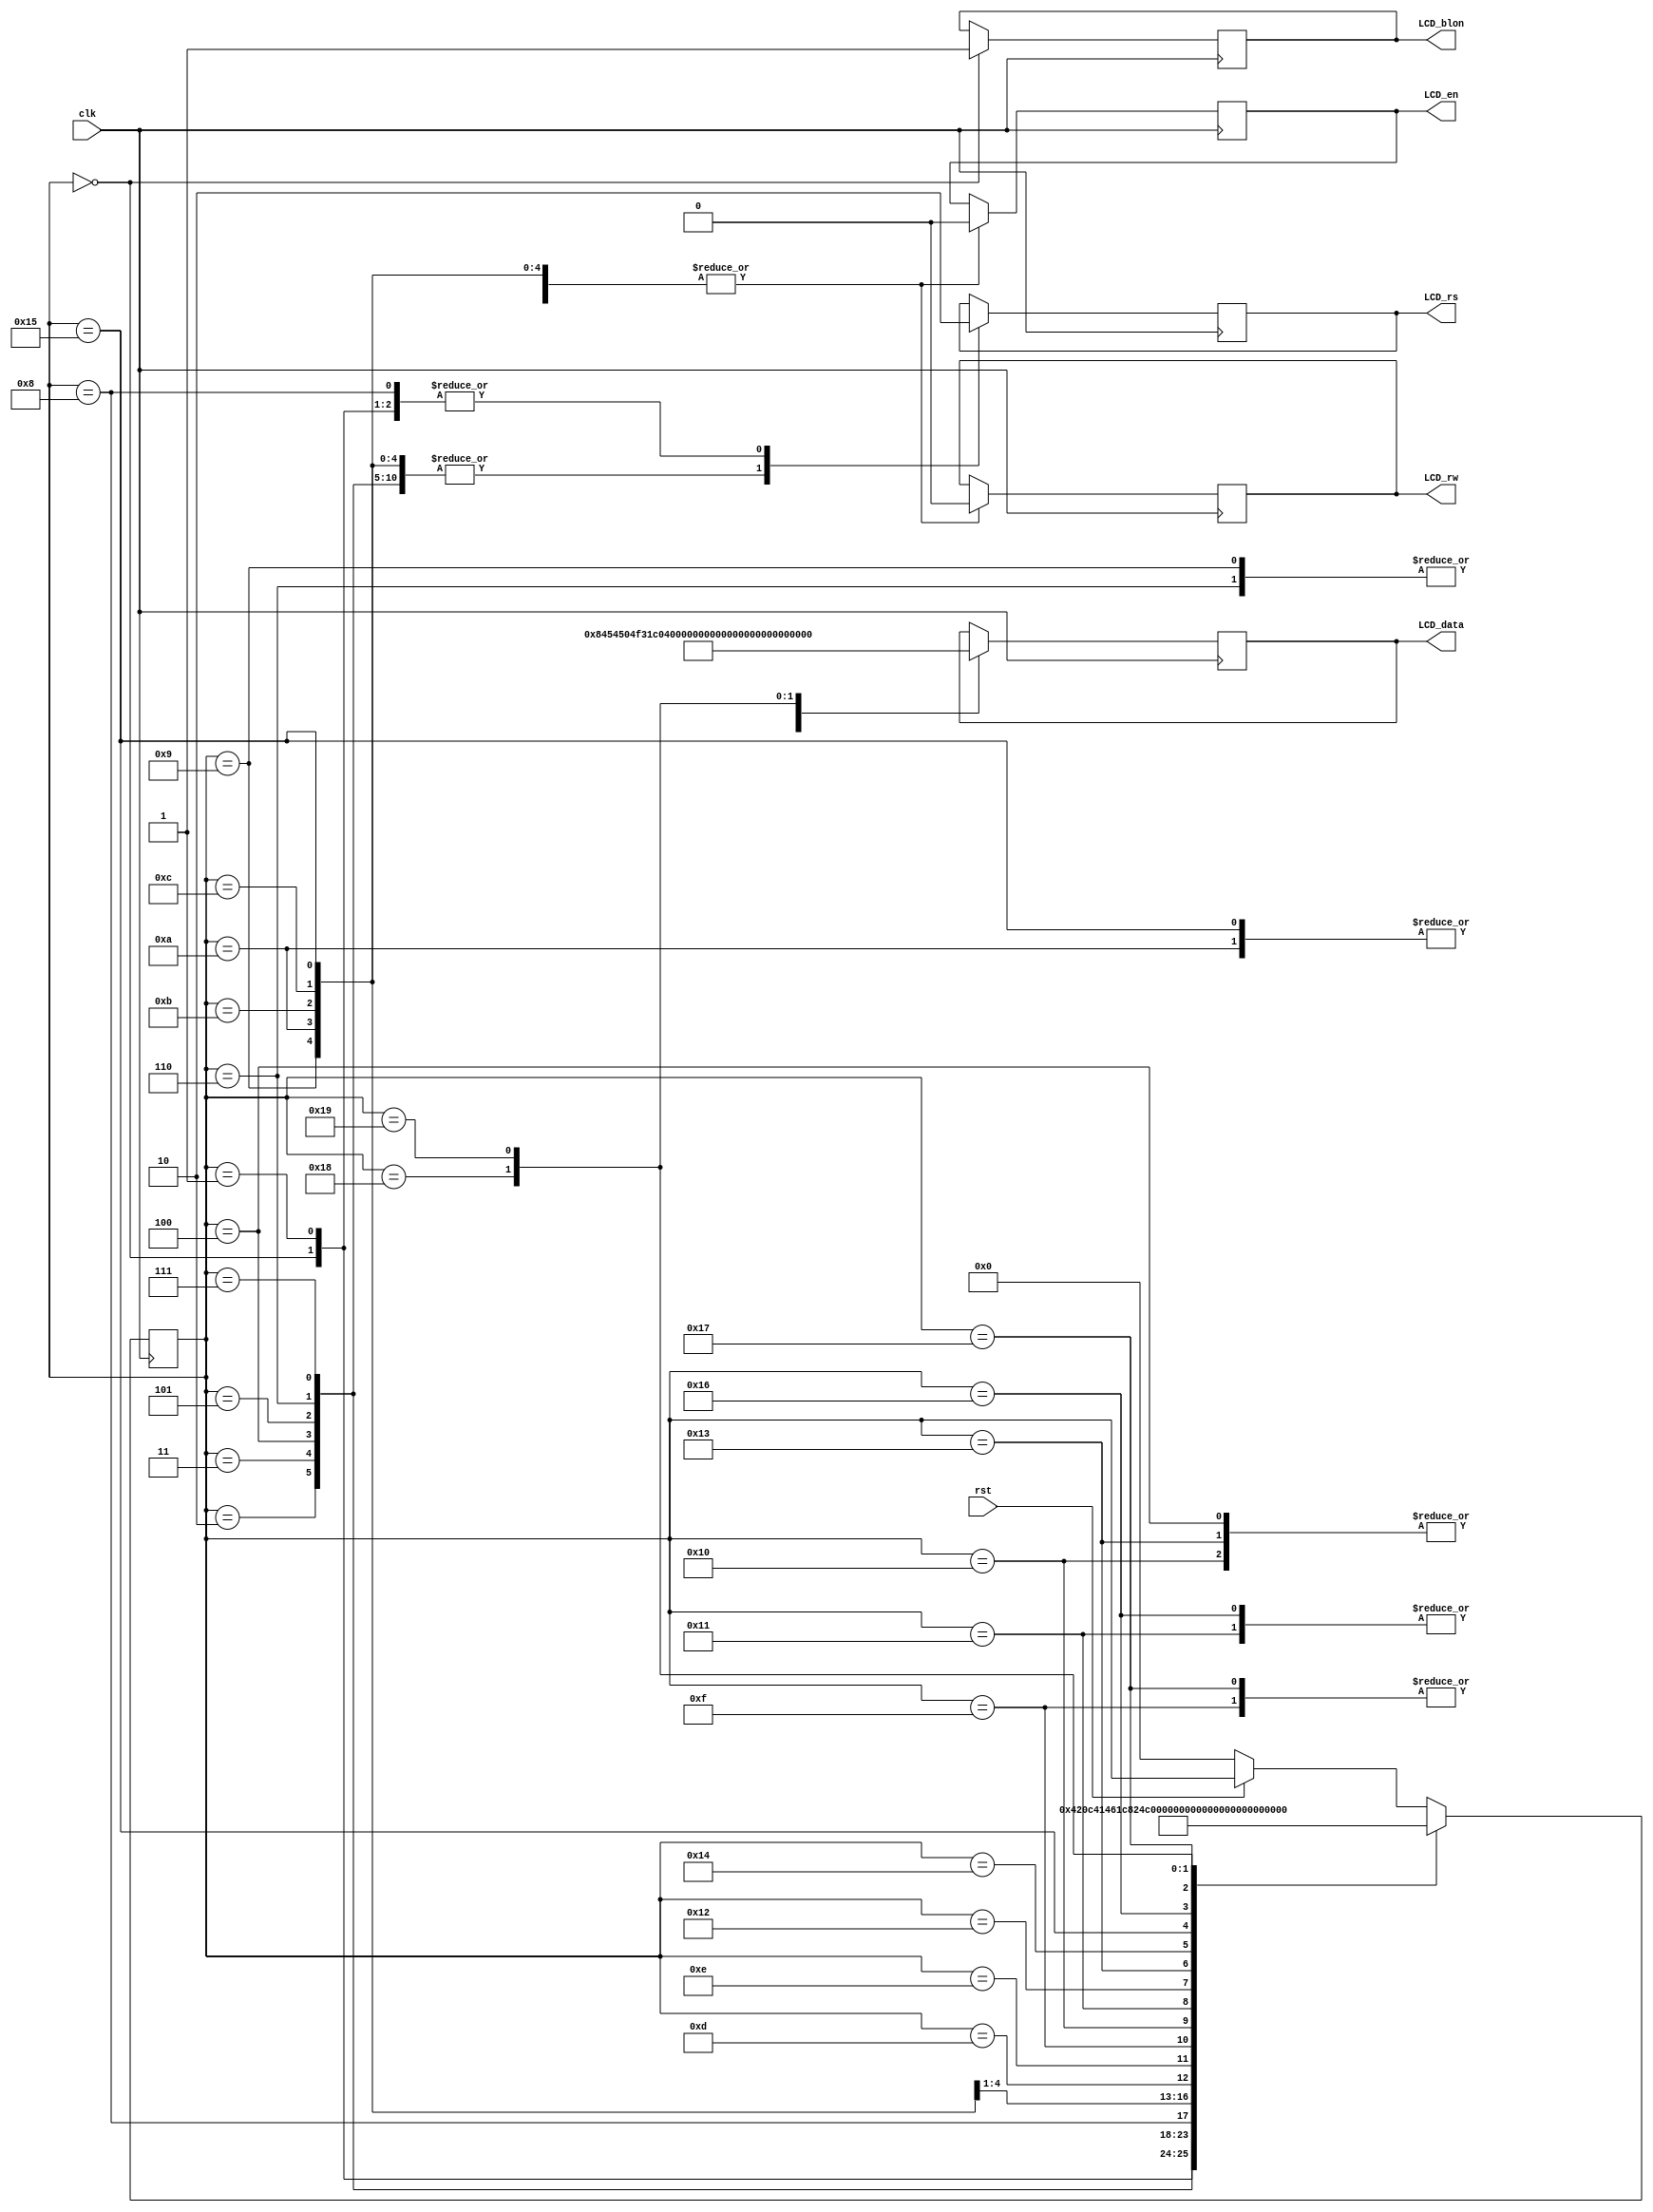
module lcdd(clk, LCD_data, LCD_en, LCD_rw, LCD_rs, LCD_blon, rst);
    input clk, rst;
    output reg LCD_en, LCD_rw, LCD_rs, LCD_blon;
    output reg [7:0] LCD_data; 
    reg [5:0] LCD_estado;

    always @(posedge clk) begin
		if(rst == 1'b0) begin
			LCD_estado <= 1'b0;
		end
        case(LCD_estado)
            0: begin
                LCD_en <= 1'b0;
                LCD_rw <= 1'b0;
                LCD_rs <= 1'b0;
                LCD_blon <= 1'b1;
                LCD_data <= 8'b00000000;

                LCD_estado <=  1;
            end

            1: begin
                LCD_en <= 1'b0;
                LCD_rw <= 1'b0;
                LCD_rs <= 1'b0;
                LCD_data <= 8'b10000100; //Configura escrita para a linha 0 e coluna 5

                LCD_estado <= 2;
            end
            
            2: begin
                LCD_en <= 1'b0;
                LCD_rw <= 1'b0;
                LCD_rs <= 1'b1;
                LCD_data <= 8'b01010100; //T

                LCD_estado <= 3;
            end

            3: begin
                LCD_en <= 1'b0;
                LCD_rw <= 1'b0;
                LCD_rs <= 1'b1;
                LCD_data <= 8'b01010000; //P

                LCD_estado <= 4;
            end

            4: begin
                LCD_en <= 1'b0;
                LCD_rw <= 1'b0;
                LCD_rs <= 1'b1;
                LCD_data <= 8'b00100000; //espao

                LCD_estado <= 5;
            end
            
            5: begin
                LCD_en <= 1'b0;
                LCD_rw <= 1'b0;
                LCD_rs <= 1'b1;
                LCD_data <= 8'b01001111; //O

                LCD_estado <= 6;
            end

            6: begin
                LCD_en <= 1'b0;
                LCD_rw <= 1'b0;
                LCD_rs <= 1'b1;
                LCD_data <= 8'b01000011; //C

                LCD_estado <= 7;
            end

            7: begin
                LCD_en <= 1'b0;
                LCD_rw <= 1'b0;
                LCD_rs <= 1'b1;
                LCD_data <= 8'b00110001; //1

                LCD_estado <= 8;
            end

            8: begin
                LCD_en <= 1'b0;
                LCD_rw <= 1'b0;
                LCD_rs <= 1'b0;
                LCD_data <= 8'b11000000; //Configurando para a linha 1 coluna 0

                LCD_estado <= 9;
            end

            9: begin
                LCD_en <= 1'b0;
                LCD_rw <= 1'b0;
                LCD_rs <= 1'b1;
                LCD_data <= 8'b01000011; //C

                LCD_estado <= 10;
            end

            10: begin
                LCD_en <= 1'b0;
                LCD_rw <= 1'b0;
                LCD_rs <= 1'b1;
                LCD_data <= 8'b01100001; //a

                LCD_estado <= 11;
            end

            11: begin
                LCD_en <= 1'b0;
                LCD_rw <= 1'b0;
                LCD_rs <= 1'b1;
                LCD_data <= 8'b01101101; //m

                LCD_estado <= 12;
            end

            12: begin
                LCD_en <= 1'b0;
                LCD_rw <= 1'b0;
                LCD_rs <= 1'b1;
                LCD_data <= 8'b01101001; //i

                LCD_estado <= 13;
            end

            13: begin
                LCD_en <= 1'b0;
                LCD_rw <= 1'b0;
                LCD_rs <= 1'b1;
                LCD_data <= 8'b01101110; //n

                LCD_estado <= 14;
            end
            
            14: begin
                LCD_en <= 1'b0;
                LCD_rw <= 1'b0;
                LCD_rs <= 1'b1;
                LCD_data <= 8'b01101000; //h

                LCD_estado <= 15;
            end
            
            15: begin
                LCD_en <= 1'b0;
                LCD_rw <= 1'b0;
                LCD_rs <= 1'b1;
                LCD_data <= 8'b01101111; //o

                LCD_estado <= 16;
            end
            
            16: begin
                LCD_en <= 1'b0;
                LCD_rw <= 1'b0;
                LCD_rs <= 1'b1;
                LCD_data <= 8'b00100000; //espao

                LCD_estado <= 17;
            end
            
            17: begin
                LCD_en <= 1'b0;
                LCD_rw <= 1'b0;
                LCD_rs <= 1'b1;
                LCD_data <= 8'b01100100; //d

                LCD_estado <= 18;
            end
            
            18: begin
                LCD_en <= 1'b0;
                LCD_rw <= 1'b0;
                LCD_rs <= 1'b1;
                LCD_data <= 8'b01100101; //e

                LCD_estado <= 19;
            end
            
            19: begin
                LCD_en <= 1'b0;
                LCD_rw <= 1'b0;
                LCD_rs <= 1'b1;
                LCD_data <= 8'b00100000; //espao

                LCD_estado <= 20;
            end
            
            20: begin
                LCD_en <= 1'b0;
                LCD_rw <= 1'b0;
                LCD_rs <= 1'b1;
                LCD_data <= 8'b01000100; //D

                LCD_estado <= 21;
            end
            
            21: begin
                LCD_en <= 1'b0;
                LCD_rw <= 1'b0;
                LCD_rs <= 1'b1;
                LCD_data <= 8'b01100001; //a

                LCD_estado <= 22;
            end
            
            22: begin
                LCD_en <= 1'b0;
                LCD_rw <= 1'b0;
                LCD_rs <= 1'b1;
                LCD_data <= 8'b01100100; //d

                LCD_estado <= 23;
            end
            
            23: begin
                LCD_en <= 1'b0;
                LCD_rw <= 1'b0;
                LCD_rs <= 1'b1;
                LCD_data <= 8'b01101111; //o

                LCD_estado <= 24;
            end
            
            24: begin
                LCD_en <= 1'b0;
                LCD_rw <= 1'b0;
                LCD_rs <= 1'b1;
                LCD_data <= 8'b01110011; //s

                LCD_estado <= 25;
            end

            25: begin
                LCD_en <= 1'b0;
                LCD_rw <= 1'b0;
                LCD_rs <= 1'b0;
                LCD_data <= 8'b10000000; //finish

                LCD_estado <= 0;
            end
        endcase
    end

endmodule